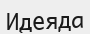
Идеяда